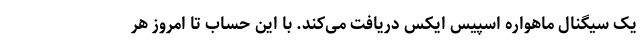
یک سیگنال ماهواره اسپیس ایکس دریافت می‌کند. با این حساب تا امروز هر